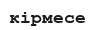
кірмесе